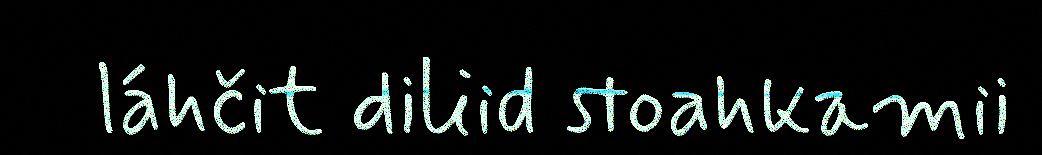
láhčit diliid stoahkamii